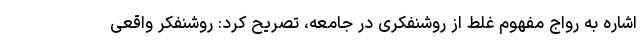
اشاره به رواج مفهوم غلط از روشنفکری در جامعه، تصریح کرد: روشنفکر واقعی